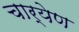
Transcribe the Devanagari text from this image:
चार्येण